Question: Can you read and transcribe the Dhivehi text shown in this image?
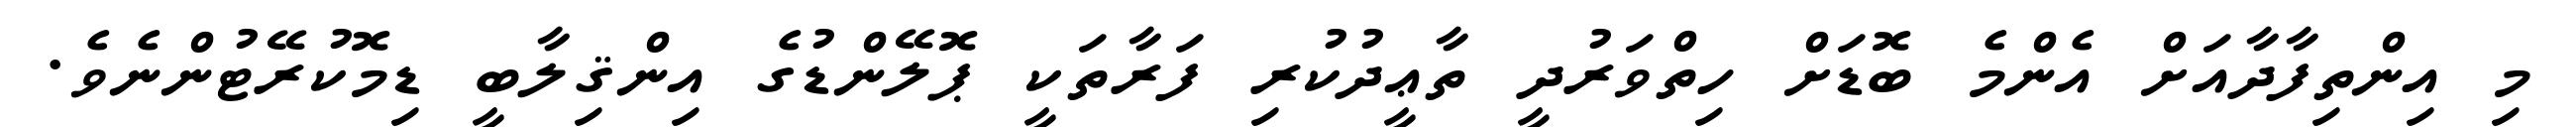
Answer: މި އިންތިފާދާއަށް އެންމެ ބޮޑަށް ހިތްވަރުދީ ތާޢީދުކުރި ފަރާތަކީ ޕޮލޭންޑުގެ އިންޤިލާބީ ޑިމޮކުރޭޓުންނެވެ.